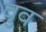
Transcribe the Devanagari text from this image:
वुव